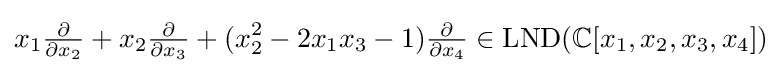
x_{1}{\tfrac {\partial }{\partial x_{2}}}+x_{2}{\tfrac {\partial }{\partial x_{3}}}+(x_{2}^{2}-2x_{1}x_{3}-1){\tfrac {\partial }{\partial x_{4}}}\in \operatorname {LND} (\mathbb {C} [x_{1},x_{2},x_{3},x_{4}])